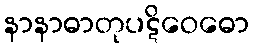
နာနာဓာတုပဋိဝေဓော